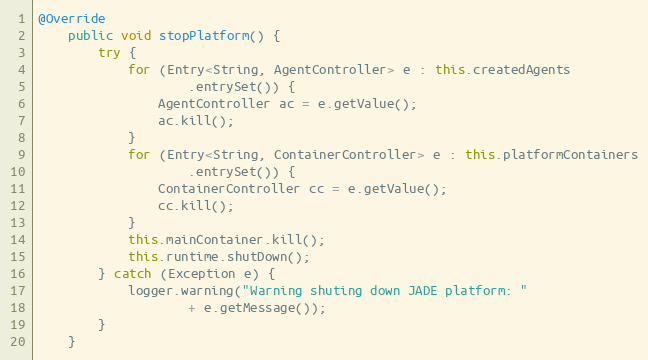
Language: Java
@Override
    public void stopPlatform() {
        try {
            for (Entry<String, AgentController> e : this.createdAgents
                    .entrySet()) {
                AgentController ac = e.getValue();
                ac.kill();
            }
            for (Entry<String, ContainerController> e : this.platformContainers
                    .entrySet()) {
                ContainerController cc = e.getValue();
                cc.kill();
            }
            this.mainContainer.kill();
            this.runtime.shutDown();
        } catch (Exception e) {
            logger.warning("Warning shuting down JADE platform: "
                    + e.getMessage());
        }
    }